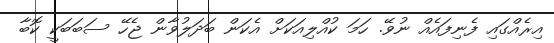
އިރެއްގައި ފެނިފައެއް ނުވޭ. ހަމަ ކުއްލިއަކަށް އެކަން ބަދަލުވާން ޖެހޭ ސަބަބަކީ ކޮބާ